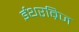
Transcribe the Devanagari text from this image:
ईथरब्रिज